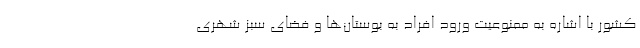
کشور با اشاره به ممنوعیت ورود افراد به بوستان‌ها و فضای سبز شهری